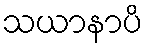
သယာနာပိ